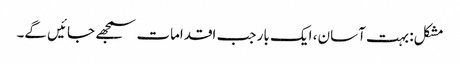
مشکل: بہت آسان ، ایک بار جب اقدامات سمجھے جائیں گے۔